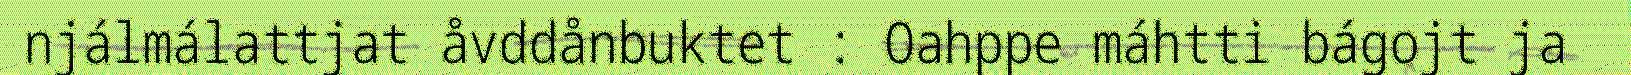
njálmálattjat åvddånbuktet : Oahppe máhtti bágojt ja